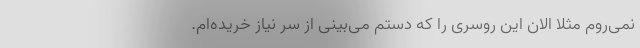
نمی‌روم مثلاً الان این روسری را که دستم می‌بینی از سر نیاز خریده‌ام.